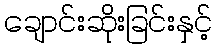
ချောင်းဆိုးခြင်းနှင့်